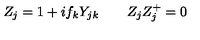
Z _ { j } = 1 + i f _ { k } Y _ { j k } \qquad Z _ { j } Z _ { j } ^ { + } = 0